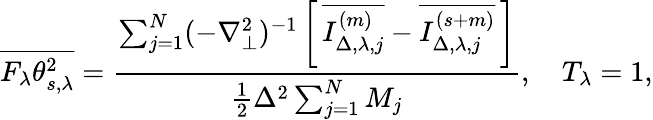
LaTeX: \overline{{F_{\lambda}\theta_{s,\lambda}^{2}}}=\frac{\sum_{j=1}^{N}(-\nabla_{\perp}^{2})^{-1}\left[\, {\overline{{I_{\Delta,\lambda,j}^{(m)}}}-\overline{{I_{\Delta,\lambda,j}^{(s+m)}}}}\, \right]}{\frac{1}{2}\Delta^{2}\sum_{j=1}^{N}M_{j}},\quad T_{\lambda}=1,